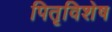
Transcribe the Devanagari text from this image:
पितृविशेष